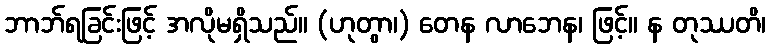
ဘာဘ်ရခြင်းဖြင့် အလိုမရှိသည်။ (ဟုတွာ၊) တေန လာဘေန၊ ဖြင့်။ န တုဿတိ၊